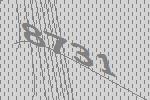
8731